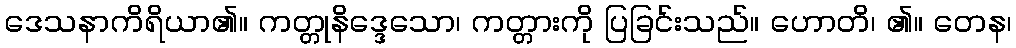
ဒေသနာကိရိယာ၏။ ကတ္တုနိဒ္ဒေသော၊ ကတ္တားကို ပြခြင်းသည်။ ဟောတိ၊ ၏။ တေန၊